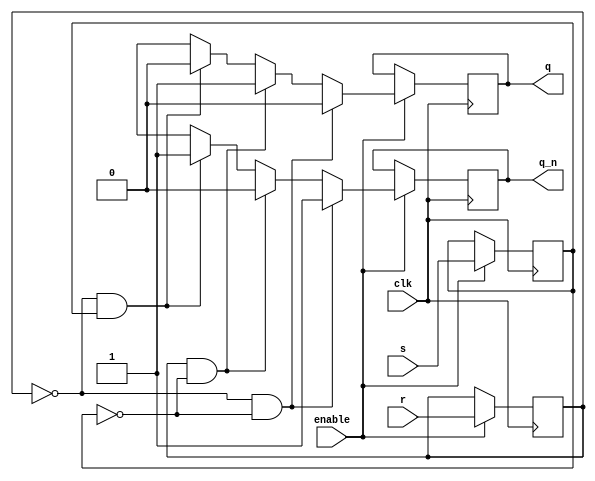
module gated_sr_latch(input s, input r, input enable, input clk, output reg q, output reg q_n);

  reg internal_s, internal_r;

  always @(posedge clk) begin
    if (enable) begin
      internal_s <= s;
      internal_r <= r;

      if (internal_r == 1'b0 && internal_s == 1'b0) begin
        q <= 1'b0;
        q_n <= 1'b1;
      end else if (internal_r == 1'b1 && internal_s == 1'b0) begin
        q <= 1'b1;
        q_n <= 1'b0;
      end else if (internal_r == 1'b0 && internal_s == 1'b1) begin
        q <= 1'b0;
        q_n <= 1'b1;
      end else begin
        // Undefined state for S=1 and R=1
        q <= 1'bx;
        q_n <= 1'bx;
      end
    end
  end

endmodule